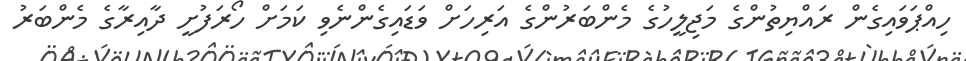
ހިއްޕަވައިގެން ރައްޔިތުންގެ މަޖިލީހުގެ މެންބަރުންގެ އަރިހަށް ވަޑައިގެންނެވި ކަމަށް ހޯރަފުށީ ދާއިރާގެ މެންބަރު